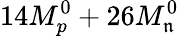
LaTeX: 14M_{p}^{0}+26M_{\mathfrak{n}}^{0}